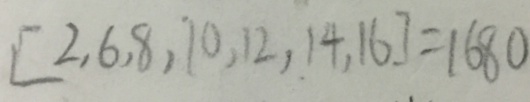
[ 2 , 6 , 8 , 1 0 , 1 2 , 1 4 , 1 6 ] = 1 6 8 0